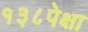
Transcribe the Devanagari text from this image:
१३८पेक्षा